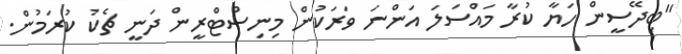
"ބިދޭސީން ހަޔާ ކުރާ މައްސަލަ އަންނަ ވަރަކުން މިނިސްޓްރީން ދަނީ ޗެކު ކުރަމުން.